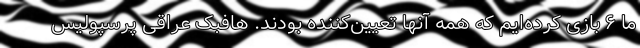
ما ۶ بازی کرده‌ایم که همه آنها تعیین‌کننده بودند. هافبک عراقی پرسپولیس